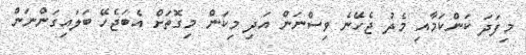
މިފަދަ ކަންކަމާއި މެދު ޖެހޭނެ ވިސްނަން އަދި މިކަން މިގޮތަށް އެބަޖެހޭ ބަލައިގަންނަން